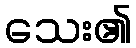
သေး၏